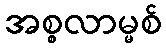
အစ္စလာမ္မစ်